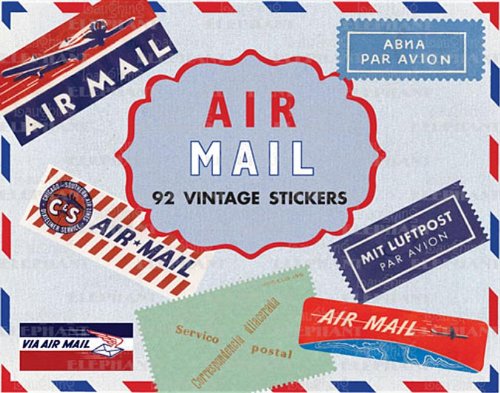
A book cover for Air Mail Stickers Box (Travel Stickers); Travel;